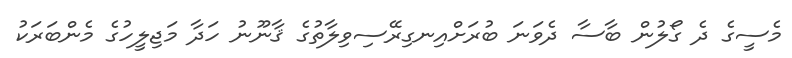
މެސީގެ ދެ ގޯލުން ބާސާ ދެވަނަ ބުރަށްއިނގިރޭސިވިލާތުގެ ޤާނޫނު ހަދާ މަޖިލީހުގެ މެންބަރަކު